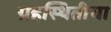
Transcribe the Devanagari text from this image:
ग्रहस्थितीचा